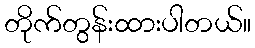
တိုက်တွန်းထားပါတယ်။